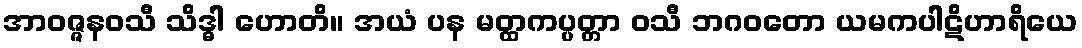
အာဝဇ္ဇနဝသီ သိဒ္ဓါ ဟောတိ။ အယံ ပန မတ္ထကပ္ပတ္တာ ဝသီ ဘဂဝတော ယမကပါဋိဟာရိယေ